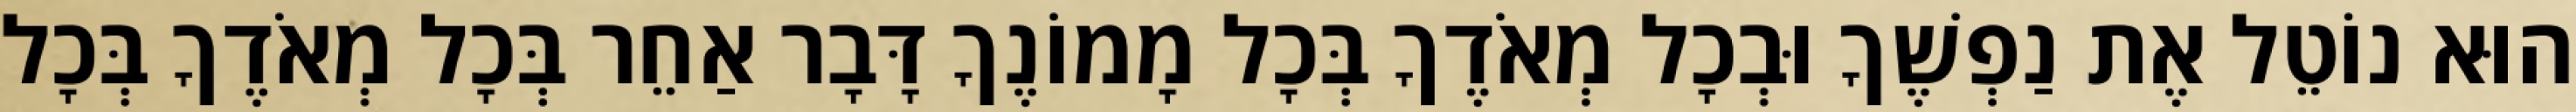
הוּא נוֹטֵל אֶת נַפְשֶׁךָ וּבְכָל מְאֹדֶךָ בְּכָל מָמוֹנֶךָ דָּבָר אַחֵר בְּכָל מְאֹדֶךָ בְּכָל